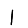
Digit: 1